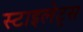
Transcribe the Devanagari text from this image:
स्टाइलेट्स